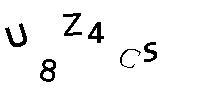
U8Z4CS